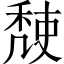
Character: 𥟹